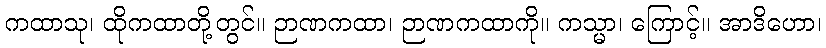
ကထာသု၊ ထိုကထာတို့တွင်။ ဉာဏကထာ၊ ဉာဏကထာကို။ ကသ္မာ၊ ကြောင့်။ အာဒိဟော၊